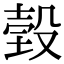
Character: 㲄